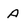
Character: A